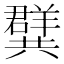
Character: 𭁝